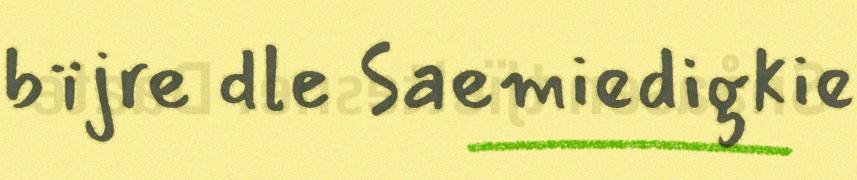
bïjre dle Saemiedigkie